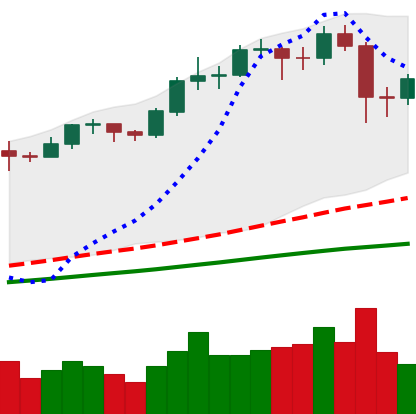
Ticker: BTC-USD
Chart end date: 2020-11-28
Forward return: 9.753%
Label: up_7plus